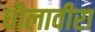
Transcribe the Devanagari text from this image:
धौलावीरा